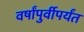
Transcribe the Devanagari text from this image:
वर्षांपुर्वीपर्यंत